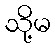
သို့မ